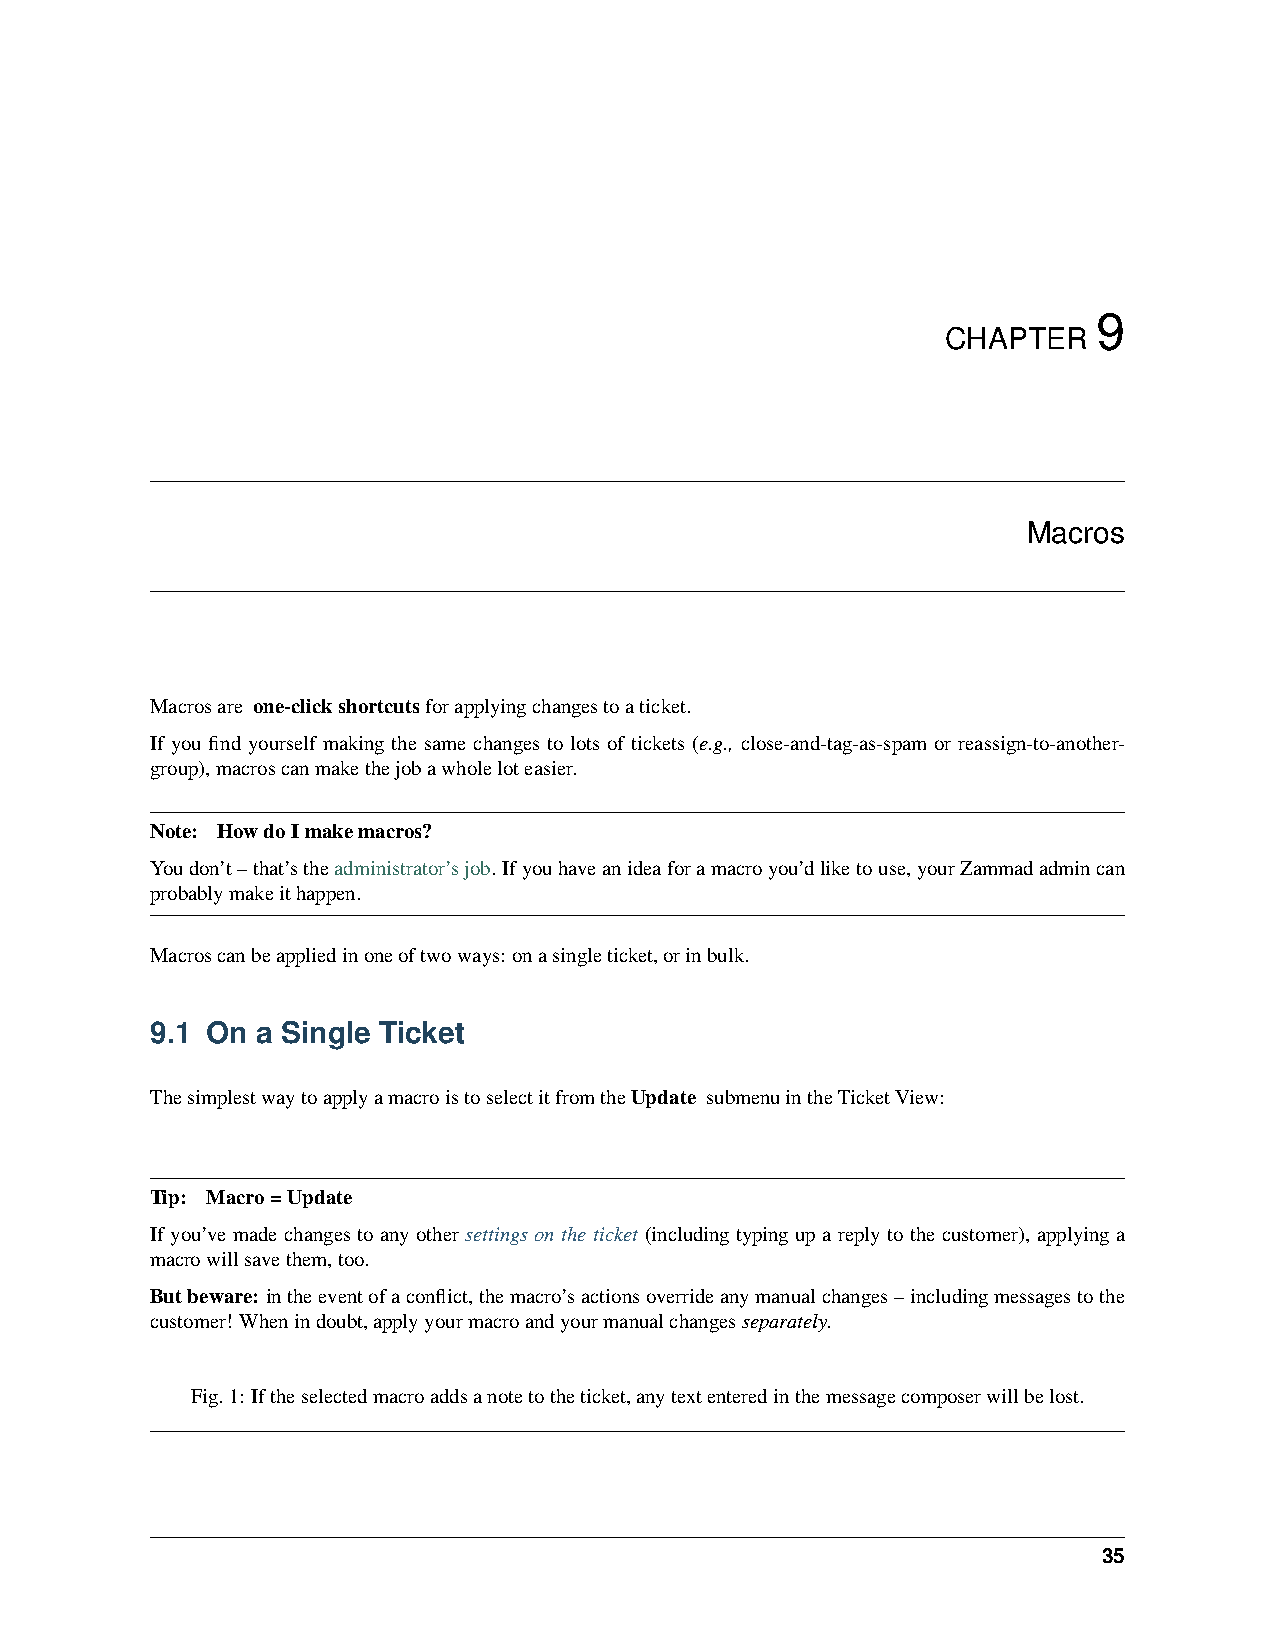
9
 CHAPTER
 Macros
 Macrosare one-clickshortcutsforapplyingchangestoaticket.
 If you find yourself making the same changes to lots of tickets (e.g., close-and-tag-as-spam or reassign-to-another-
 group),macroscanmakethejobawholeloteasier.
 Note: HowdoImakemacros?
 Youdon’t–that’stheadministrator’sjob. Ifyouhaveanideaforamacroyou’dliketouse,yourZammadadmincan
 probablymakeithappen.
 Macroscanbeappliedinoneoftwoways: onasingleticket,orinbulk.
 9.1 On a Single Ticket
 ThesimplestwaytoapplyamacroistoselectitfromtheUpdate submenuintheTicketView:
 Tip: Macro=Update
 If you’ve made changes to any other settings on the ticket (including typing up a reply to the customer), applying a
 macrowillsavethem,too.
 Butbeware: intheeventofaconflict,themacro’sactionsoverrideanymanualchanges–includingmessagestothe
 customer! Whenindoubt,applyyourmacroandyourmanualchangesseparately.
 Fig.1: Iftheselectedmacroaddsanotetotheticket,anytextenteredinthemessagecomposerwillbelost.
 35